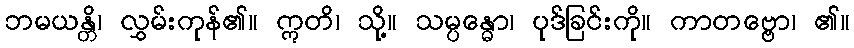
ဘမယန္တိ၊ လွှမ်းကုန်၏။ ဣတိ၊ သို့။ သမ္ပန္ဓော၊ ပုဒ်ခြင်းကို။ ကာတဗ္ဗော၊ ၏။